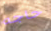
حاجه